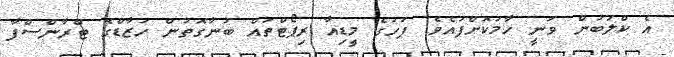
އެ ކްލަބުން ވަނީ ހާމަކޮށްފައެވެ. ފަހުގެ މީޑިއާ ރިޕޯޓްތައް ބުނާގޮތުން ހަޒާޑްގެ ޓްރާންސްފާ